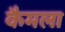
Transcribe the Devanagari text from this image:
कैमला